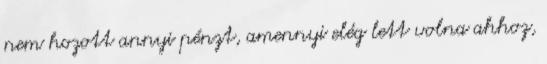
nem hozott annyi pénzt, amennyi elég lett volna ahhoz,